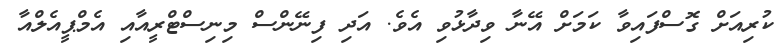
ކުރިއަށް ގޮސްފައިވާ ކަމަށް އޭނާ ވިދާޅުވި އެވެ. އަދި ފިނޭންސް މިނިސްޓްރީއާއި އެމްޕީއެލްއާ